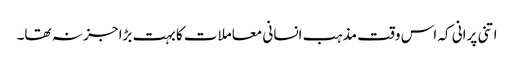
اتنی پرانی کہ اس وقت مذہب انسانی معاملات کا بہت بڑا جز نہ تھا۔